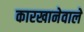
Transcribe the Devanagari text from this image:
कारखानेवाले